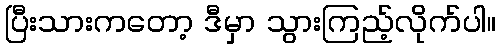
ပြီးသားကတော့ ဒီမှာ သွားကြည့်လိုက်ပါ။